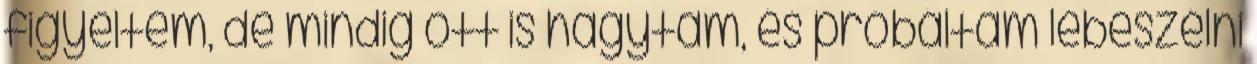
figyeltem, de mindig ott is hagytam, és próbáltam lebeszélni